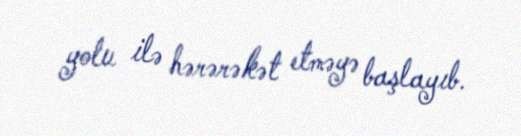
yolu ilə hərərəkət etməyə başlayıb.